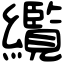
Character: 䌫